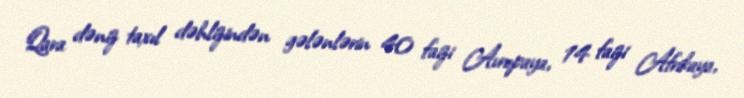
Qara dəniz taxıl dəhlizindən gələnlərin 40 faizi Avropaya, 14 faizi Afrikaya,